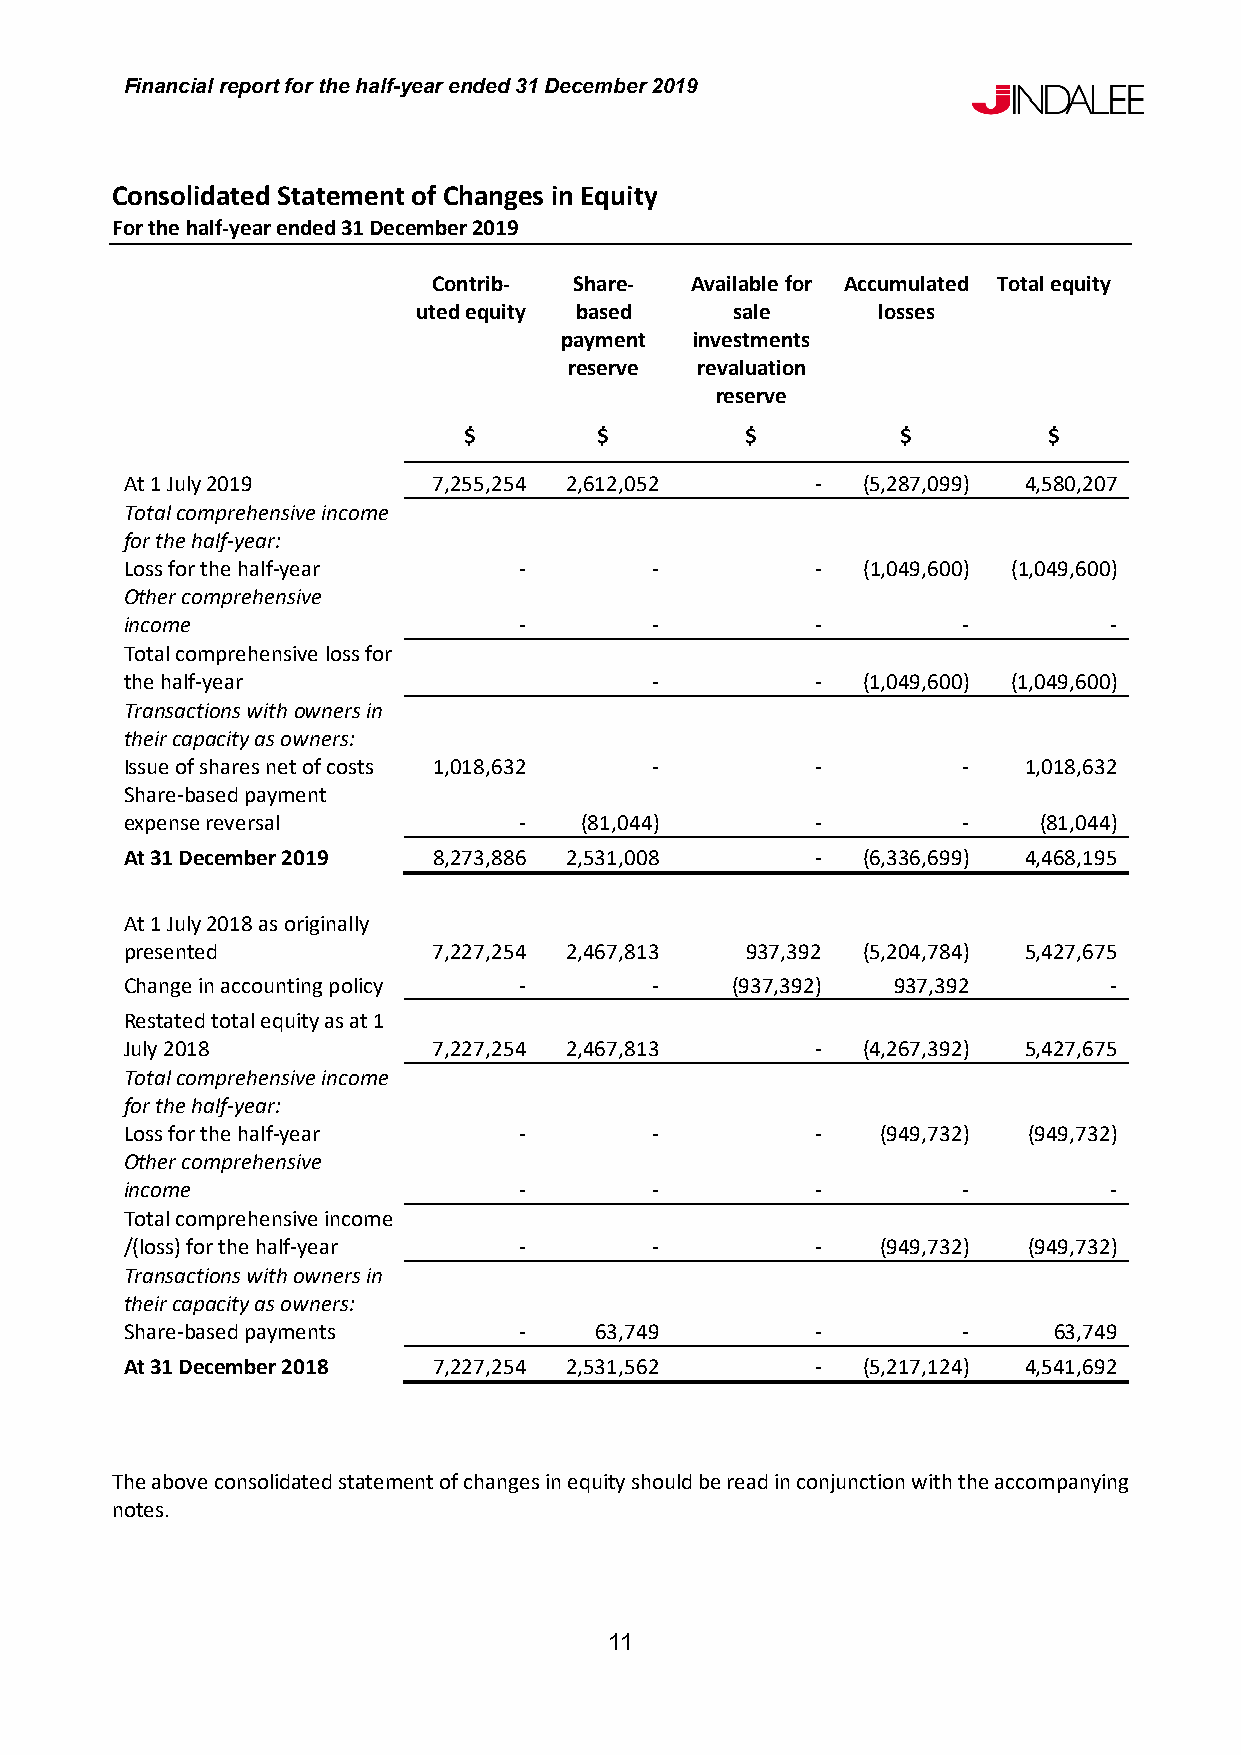
Financial report for the half-year ended 31 December 2019
 Consolidated Statement of Changes in Equity
 For the half-year ended 31 December 2019
 Contrib- Share-  Available for Accumulated Total equity
 uted equity based   sale      losses
 payment  investments
 reserve revaluation
 reserve
 $        $        $          $        $
 At 1 July 2019       7,255,254 2,612,052      -  (5,287,099) 4,580,207
 Total comprehensive income
 for the half-year:
 Loss for the half-year    -        -          -  (1,049,600) (1,049,600)
 Other comprehensive
 income                    -        -          -         -        -
 Total comprehensive loss for
 the half-year                      -          -  (1,049,600) (1,049,600)
 Transactions with owners in
 their capacity as owners:
 Issue of shares net of costs 1,018,632 -      -         -   1,018,632
 Share-based payment
 expense reversal          -   (81,044)        -         -    (81,044)
 At 31 December 2019  8,273,886 2,531,008      -  (6,336,699) 4,468,195
 At 1 July 2018 as originally
 presented            7,227,254 2,467,813 937,392 (5,204,784) 5,427,675
 Change in accounting policy -      -    (937,392)  937,392       -
 Restated total equity as at 1
 July 2018            7,227,254 2,467,813      -  (4,267,392) 5,427,675
 Total comprehensive income
 for the half-year:
 Loss for the half-year    -        -          -   (949,732) (949,732)
 Other comprehensive
 income                    -        -          -         -        -
 Total comprehensive income
 /(loss) for the half-year -        -          -   (949,732) (949,732)
 Transactions with owners in
 their capacity as owners:
 Share-based payments      -    63,749         -         -     63,749
 At 31 December 2018  7,227,254 2,531,562      -  (5,217,124) 4,541,692
 The above consolidated statement of changes in equity should be read in conjunction with the accompanying
 notes.
 11